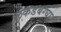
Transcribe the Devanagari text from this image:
लकडबग्घा